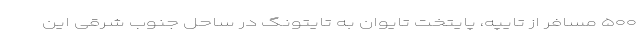
۵۰۰ مسافر از تایپه، پایتخت تایوان به تایتونگ در ساحل جنوب شرقی این